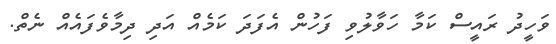
ވަހީދު ރައީސް ކަމާ ހަވާލުވި ފަހުން އެފަދަ ކަމެއް އަދި ދިމާވެފައެއް ނެތް.